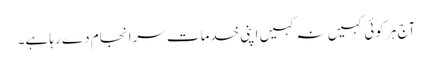
آج ہر کوئی کہیں نہ کہیں اپنی خدمات سرانجام دے رہا ہے۔